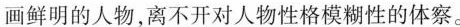
画鲜明的人物.离不开对人物性格模糊性的体察。